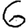
Digit: 6